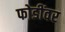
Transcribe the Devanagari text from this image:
फोडींवर